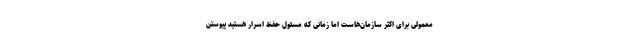
معمولی برای اکثر سازمان‌هاست اما زمانی که مسئول حفظ اسرار هستید پیوستن